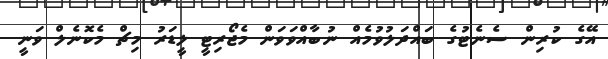
އޭގެ ކުރިން ސެނެޓުގެ ބައްދަލުވުމެއް ނުބާއްވަވަން މެޖޯރިޓީ ލީޑަރު މިޗް މެކޮނެލް ވަނީ